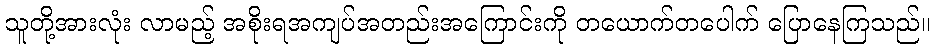
သူတို့အားလုံး လာမည့် အစိုးရအကျပ်အတည်းအကြောင်းကို တယောက်တပေါက် ပြောနေကြသည်။